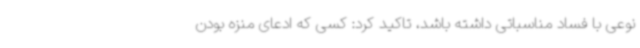
نوعی با فساد مناسباتی داشته باشد، تاکید کرد: کسی که ادعای منزه بودن